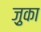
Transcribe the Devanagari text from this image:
ज़ुका